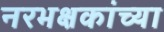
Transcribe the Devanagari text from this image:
नरभक्षकांच्या